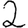
Digit: 2